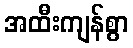
အထီးကျန်စွာ